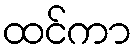
ထင်ကာ